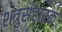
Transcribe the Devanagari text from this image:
शत्रुसंहारक